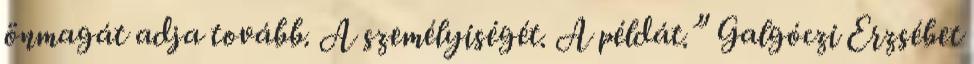
önmagát adja tovább. A személyiségét. A példát.” Galgóczi Erzsébet